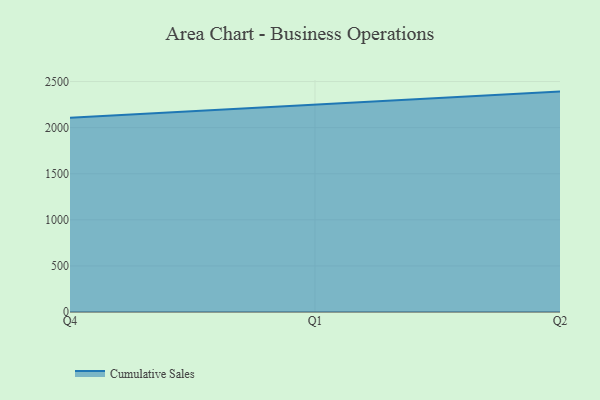
{"axis": {"x": "Quarter", "y": "Conversion Rate (%)"}, "legend": ["Cumulative Sales"], "data": [{"x": "Q4", "y": 2107.2, "type": "Cumulative Sales"}, {"x": "Q1", "y": 2248.8, "type": "Cumulative Sales"}, {"x": "Q2", "y": 2390.8, "type": "Cumulative Sales"}]}